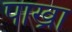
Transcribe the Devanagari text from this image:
पाख्रा